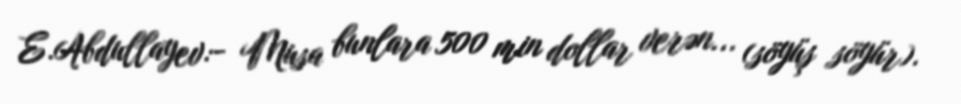
E.Abdullayev:- Musa bunlara 500 min dollar verən... (söyüş söyür).